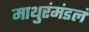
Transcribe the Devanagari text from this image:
माथुरंमंडलं